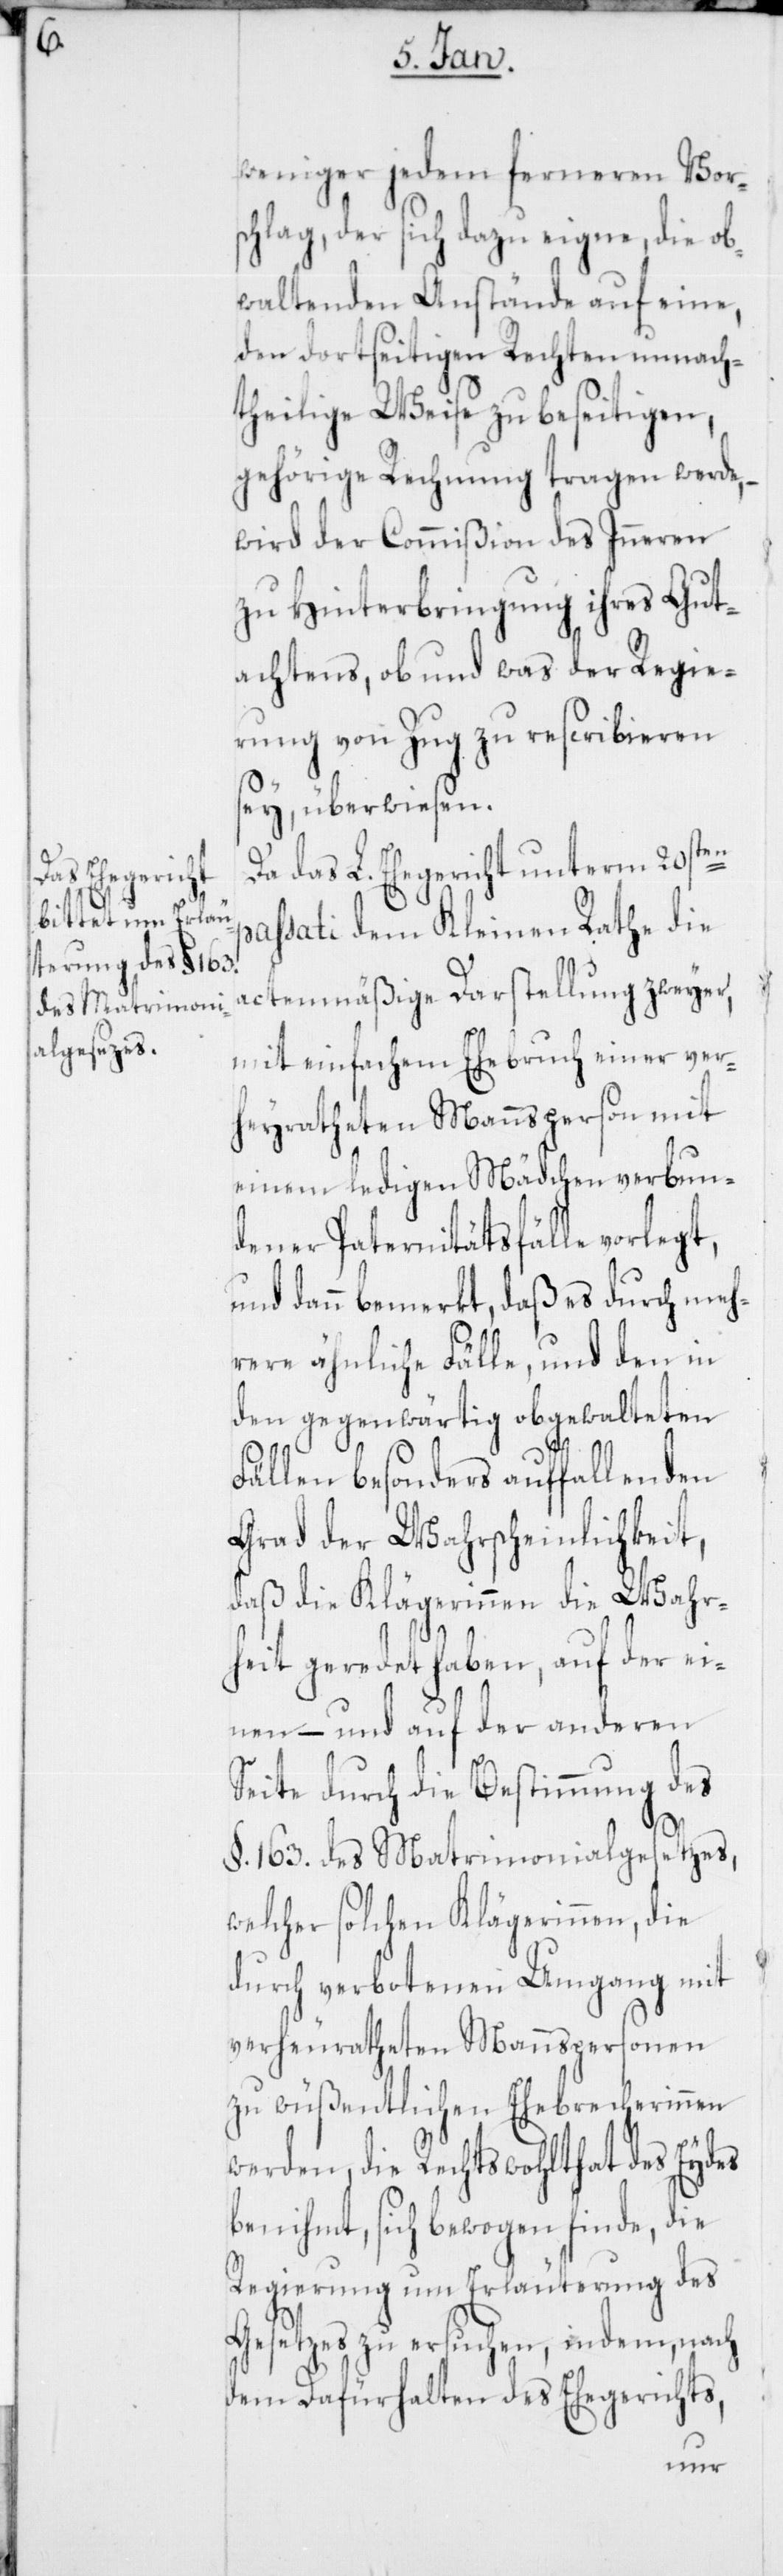
weniger jedem ferneren Vor¬
schlag, der sich dazu eigne, die ob¬
waltenden Anstände auf eine,
den dortseitigen Rechten unnach¬
theilige Weise zu beseitigen,
gehörige Rechnung tragen werde,
wird der Commißion des Inneren
zu Hinterbringung ihres Gut¬
achtens, ob und was der Regie¬
rung von Zug zu rescribieren
sey, überwiesen.
Da das L. Ehegericht unterm 20sten
passati dem Kleinen Rathe die
actenmäßige Darstellung zweyer,
mit einfachem Ehebruch einer ver¬
heyratheten Mannsperson mit
einem ledigen Mädchen verbun¬
dener Paternitätsfälle vorlegt,
und dann bemerkt, daß es durch meh¬
rere ähnliche Fälle, und den in
den gegenwärtig obgewalteten
Fällen besonders auffallenden
Grad der Wahrscheinlichkeit,
daß die Klägerinnen die Wahr¬
heit geredet haben, auf der ei¬
nen – und auf der anderen
Seite durch die Bestimmung des
§. 163. des Matrimonialgesetzes,
welcher solchen Klägerinnen, die
durch verbotenen Umgang mit
verheirateten Mannspersonen
zu wüßentlichen Ehebrecherinnen
werden, die Rechtswohlthat des Eydes
benihmt, sich bewogen finde, die
Regierung um Erläuterung des
Gesetzes zu ersuchen, indem, nach
dem Dafürhalten des Ehegerichts,